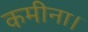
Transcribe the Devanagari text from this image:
कमीना।